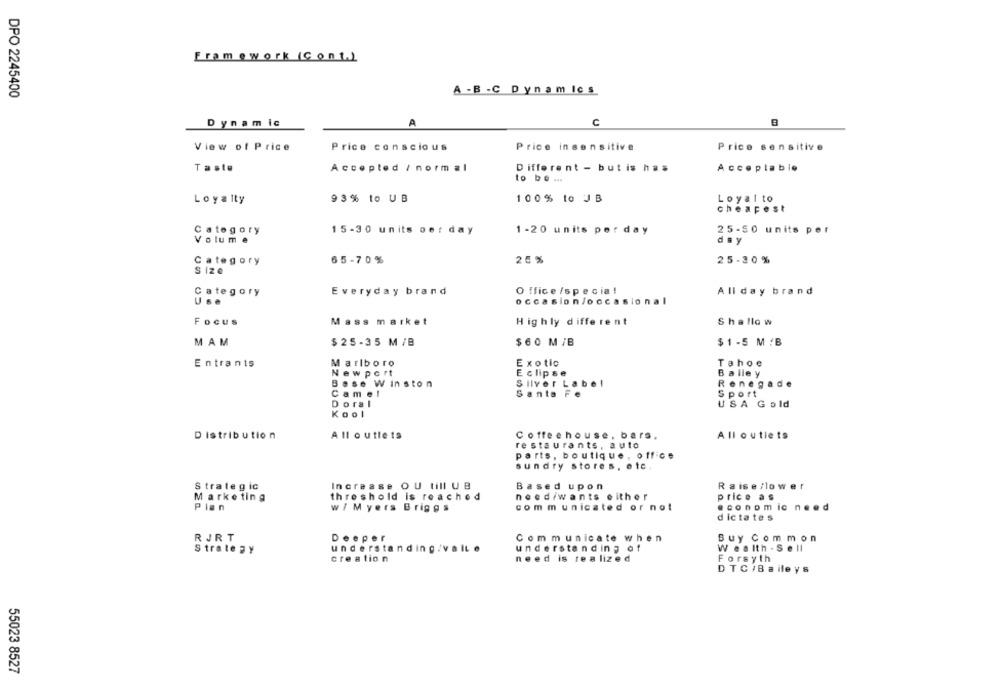
Framework (Cont.)
DPO 2245400
A - B -C Dynamics
Dynamic
A
C
View of Price
Price conscious
Price insensitive
Price sensitive
Taste
Accepled / normal
Different - but is has
Acceplabio
to be ...
Loyalty
93% to UB
100% to JB
Loyal to
cheapest
Category
15-30 units per day
1 -20 units per day
25-50 units per
Volume
day
Category
65-70%
25 %
25-30 %
Size
Category
Everyday brand
O ffice /specia !
All day brand
occasion/occasional
Focus
Mass market
Highly different
S hallo w
M AM
$25-35 M/B
$60 M /B
$ 1 -5 M /B
Entrants
Marlboro
Exotic
Tahoe
Newport
Eclipse
Balley
Base Winston
Silver Label
Renegade
Camel
Santa Fe
Sport
Doral
USA Gold
Kool
All outlets
Coffeehouse, bars.
All outlets
Distribution
restaurants, auto
parts, boutique , office
sundry stores, etc
Strategic
Increase OU till UB
Based upon
Raise/lower
Marketing
threshold is reached
neediwants either
price as
Plan
w/ Myers Briggs
communicated or not
dictates
RJRT
Deeper
Communicate when
Buy Common
Strategy
understanding/valte
understanding of
Wealth . Sell
creation
need is realized
Forsyth
DTC / Baileys
55023 8527